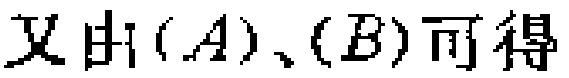
又由\((A)\)、\((B)\)可得